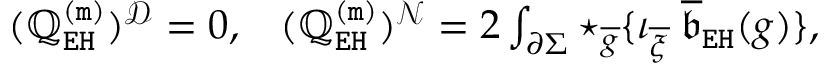
\begin{array} { r l r } & { ( \mathbb { Q } _ { \mathtt { E H } } ^ { \mathtt { ( m ) } } ) ^ { \mathcal { D } } = 0 , } & { ( \mathbb { Q } _ { \mathtt { E H } } ^ { \mathtt { ( m ) } } ) ^ { \mathcal { N } } = 2 \int _ { \partial \Sigma } \star _ { \overline { { g } } } \{ \iota _ { \overline { { \xi } } } \; \mathfrak { \overline { { b } } } _ { \mathtt { E H } } ( g ) \} , } \end{array}